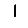
Digit: 1